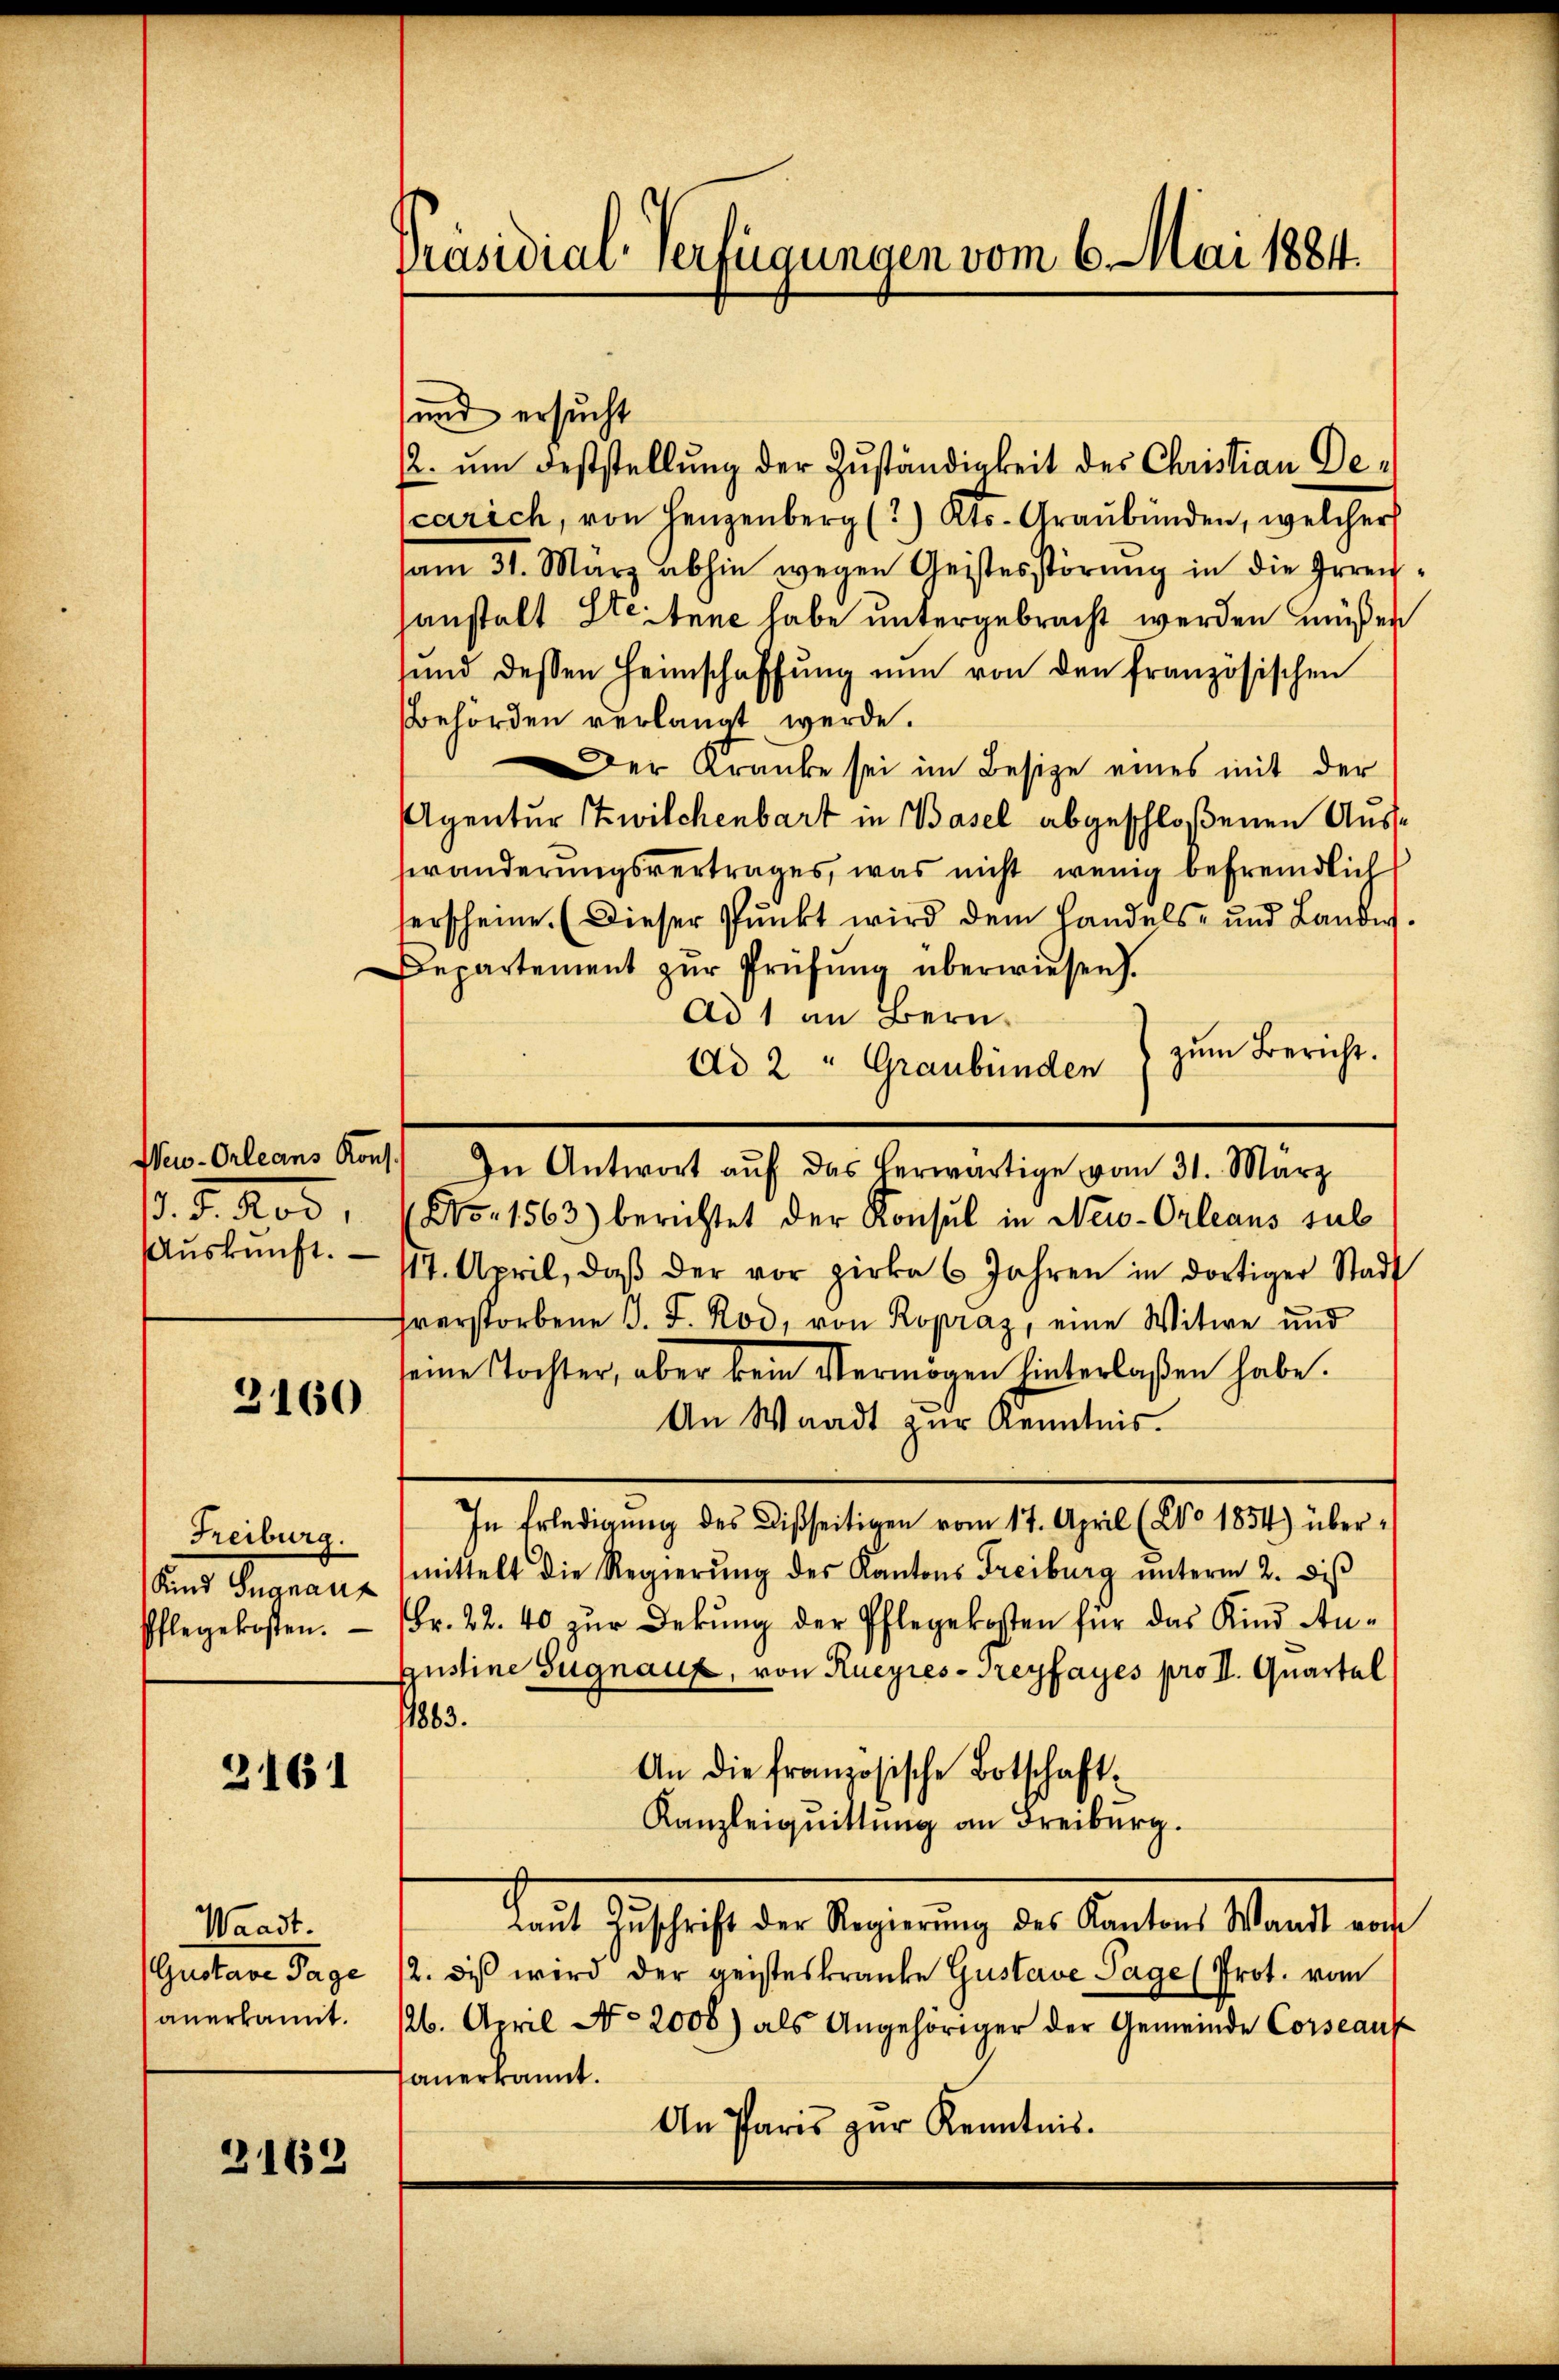
3160

Freiburg.
Kind Signauf

3161

Waadt.
anerkannt.

2162

und ersucht
2. um Feststellung der Zuständigkeit des Christian Decarich, von Herzenberg (2.) Kts. Graubünden, welcher
am 31. März abhin wegen Geistesstörung in die Erreihanstalt Stettene habe untergebracht werden müßen
sund dessen Heimschaffŭng nŭn von den französischen
Behörden verlangt werde.
Der Kranke sei im Besitze eines mit der
Agentur Zwilchenbart in Basel abgeschloßenen Auswänderungsvertrages, was nicht wenig befremdlich
herscheine (Dieser Punkt wird dem Handels- und Landes.
Departement zŭr Prüfŭng überwiesen.
Ad 1 an Beruzum Bericht.
Ad 2 : Graubünden
New-Orleans Kons.) In Antwort aŭf das herwärtige vom 31. März
. F. Rod, No. 1563) berichtet der Konsul in New-Orleans sul
Aŭskŭnft. - 117. April, daβ der vor zirka 6 Jahren in dortiger Stadt
hverstorbene J. F. Rod, von Ropraz, eine Witwe und
seine Tochter, aber kein Vermögen hinterlaßen habe.
An Waadt zur Kenntnis.
In Erledigung des Disseitigen vom 17. April (20° 1854) übermittelt die Regierŭng des Kantons Freiburg ŭnterm 2. diβ
Pflegekosten. Fr. 22. 40 zŭr Dekŭng der Pflegekosten für das Kind An-
Justine Signauf, von Rueyres-Treyfayes pro II. Quartal
11863.
An die französische Botschaft¬
Kanzleiquittung an Freiburg.
damit Geschaft der Regierung der Landten Stadt ande
Gustave Tage 12. diβ wird der geisteskranke Gustave Page (Prot. vom
16. April No 2000) als Angehöriger der Gemeinde Corseauf
anerkannt.
An Paris zŭr Kenntnis.

Präsidial-Verfügungen vom 6. Mai 1884.